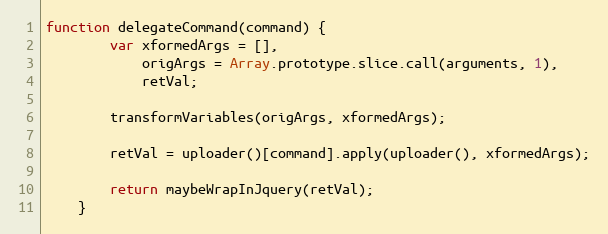
Language: JavaScript
function delegateCommand(command) {
        var xformedArgs = [],
            origArgs = Array.prototype.slice.call(arguments, 1),
            retVal;

        transformVariables(origArgs, xformedArgs);

        retVal = uploader()[command].apply(uploader(), xformedArgs);

        return maybeWrapInJquery(retVal);
    }